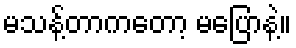
မသန့်တာကတော့ မပြောနဲ့။